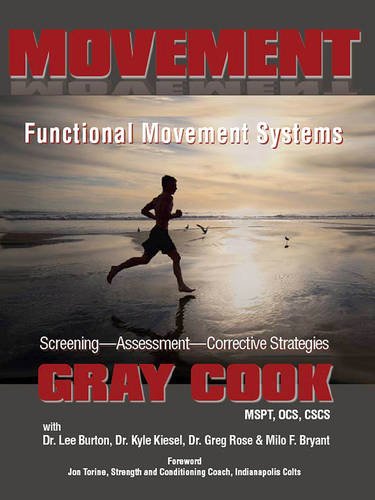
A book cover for Movement: Functional Movement Systems: Screening, Assessment, Corrective Strategies; Gray Cook; Medical Books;